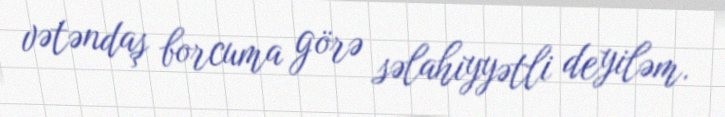
vətəndaş borcuma görə səlahiyyətli deyiləm.